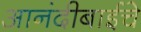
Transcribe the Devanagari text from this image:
आनंदीबाईचे